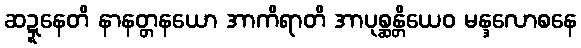
ဆဍ္ဍနေတိ နာနတ္တနယော အာကိရာတိ အာပုစ္ဆန္တိယေဝ မန္ဒလောစနေ